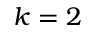
k = 2